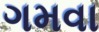
ગમવા